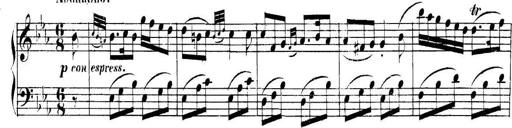
Title: Collected Piano Sonatas
Composer: Muzio Clementi